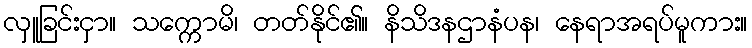
လှူခြင်းငှာ။ သက္ကောမိ၊ တတ်နိုင်၏။ နိသိဒနဌာနံပန၊ နေရာအရပ်မူကား။